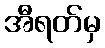
အီရတ်မှ